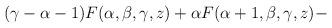
LaTeX: \begin{align*}(\gamma -\alpha -1)F (\alpha , \beta , \gamma , z)+\alpha F (\alpha +1,\beta ,\gamma , z)-\end{align*}